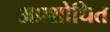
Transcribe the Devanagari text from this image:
अप्रशोधित